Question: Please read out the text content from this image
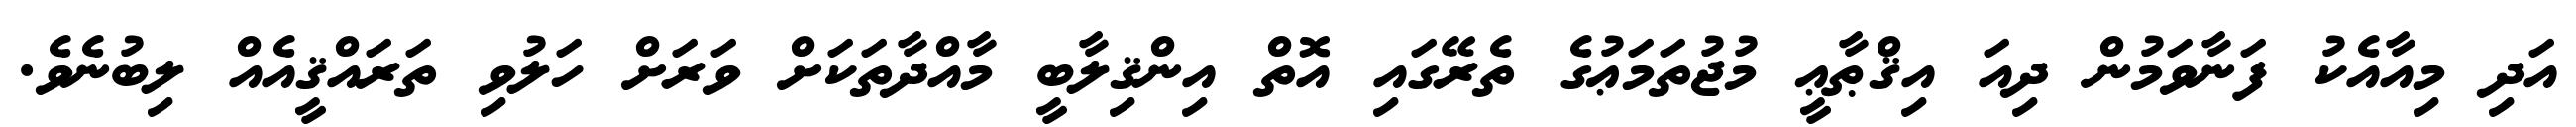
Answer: އަދި މިއާއެކު ފަނާވަމުން ދިއަ އިޤްޠާޢީ މުޖުތަމަޢުގެ ތެރޭގައި އޮތް އިންޤިލާބީ މާއްދާތަކަށް ވަރަށް ހަލުވި ތަރައްޤީއެއް ލިބުނެވެ.